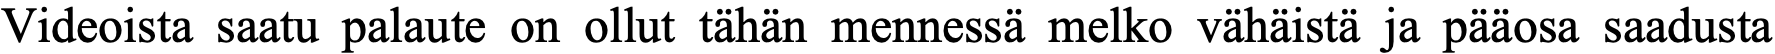
Videoista saatu palaute on ollut tähän mennessä melko vähäistä ja pääosa saadusta